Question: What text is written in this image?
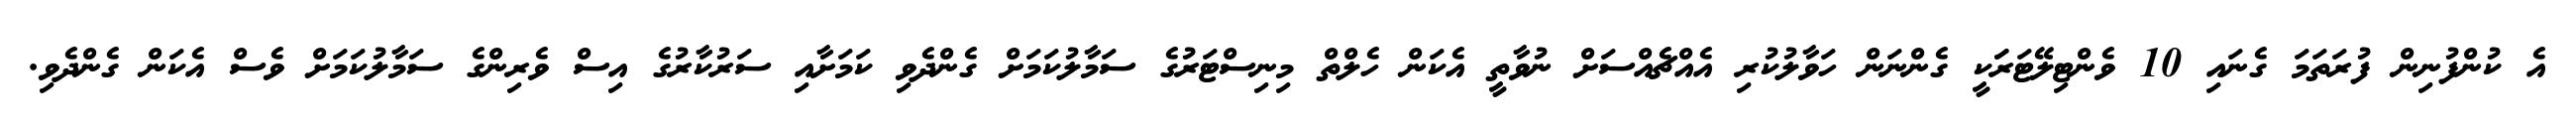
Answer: އެ ކުންފުނިން ފުރަތަމަ ގެނައި 10 ވެންޓިލޭޓަރަަކީ ގެންނަން ހަވާލުކުރި އެއްޗެއްސަށް ނުވާތީ އެކަން ހެލްތް މިނިސްޓަރުގެ ސަމާލުކަމަށް ގެންދެވި ކަމަށާއި ސަރުކާރުގެ އިސް ވެރިންގެ ސަމާލުކަމަށް ވެސް އެކަން ގެންދެވި.